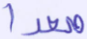
صعدا